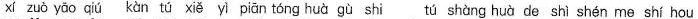
xí zuǒ yāo qiú kàn tú xiě yì piān tóng huà gù shi tú shàng huà de shì shén me shí hou